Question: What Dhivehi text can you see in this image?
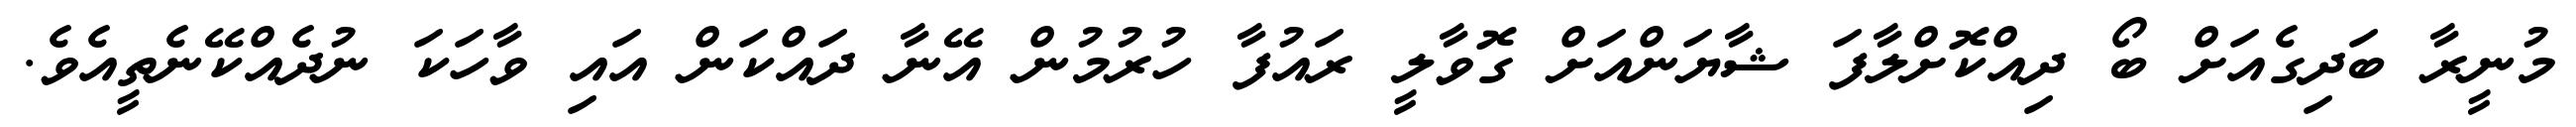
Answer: މުނީރާ ބަދިގެއަށް ބޯ ދިއްކޮށްލާފަ ޝާޔަންއަށް ގޮވާލީ ރައުފާ ހުރުމުން އޭނާ ދައްކަން އައި ވާހަކަ ނުދެއްކޭނެތީއެވެ.